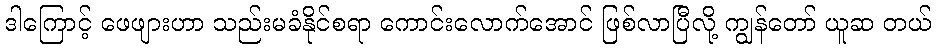
ဒါကြောင့် ဖေဖျားဟာ သည်းမခံနိုင်စရာ ကောင်းလောက်အောင် ဖြစ်လာပြီလို့ ကျွန်တော် ယူဆ တယ်